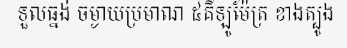
ទួលធ្នង់ ចម្ងាយប្រមាណ ៥គីឡូម៉ែត្រ ខាងត្បូង